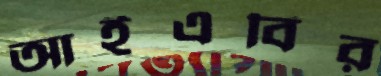
আইএবির